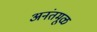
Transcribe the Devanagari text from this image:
अनंतमूळ